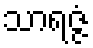
သာရဇ္ဇံ